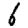
Digit: 6